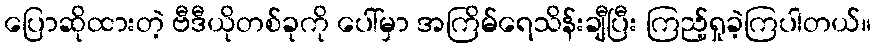
ပြောဆိုထားတဲ့ ဗီဒီယိုတစ်ခုကို ပေါ်မှာ အကြိမ်ရေသိန်းချီပြီး ကြည့်ရှုခဲ့ကြပါတယ်။